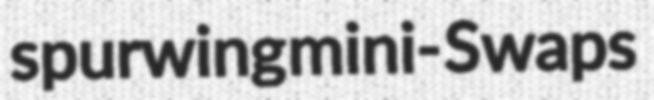
spurwing mini- Swaps